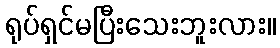
ရုပ်ရှင်မပြီးသေးဘူးလား။